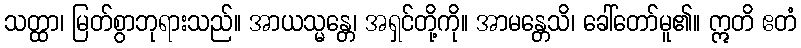
သတ္ထာ၊ မြတ်စွာဘုရားသည်။ အာယသ္မန္တေ၊ အရှင်တို့ကို။ အာမန္တေသိ၊ ခေါ်တော်မူ၏။ ဣတိ ဧတံ